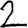
Digit: 2